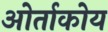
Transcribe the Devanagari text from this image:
ओर्ताकोय